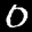
Label: 0